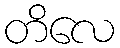
တိလေ